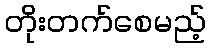
တိုးတက်စေမည့်